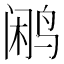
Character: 鹇